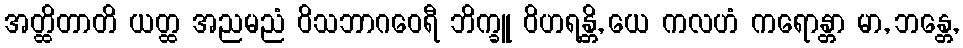
အတ္ထိတာတိ ယတ္ထ အညမညံ ဝိသဘာဂဝေရီ ဘိက္ခူ ဝိဟရန္တိ, ယေ ကလဟံ ကရောန္တာ မာ, ဘန္တေ,